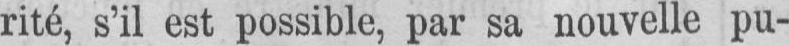
rité, s’il est possible, par sa nouvelle pu-